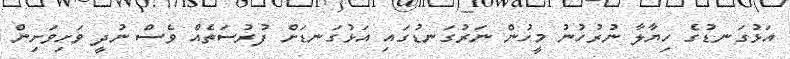
އަޅުގަނޑުގެ ހިޔާލާ ނުރުހުނު މީހުން ނަރުގަނޑުގައި އަޅުގަނޑަށް ފުރުސަތެއް ވެސް ނުދީ ވަށިވަށިން